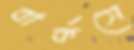
বার্কসে